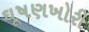
ઘૂષણખોરી